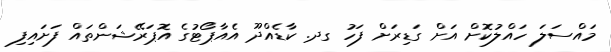
މައްސަލަ ހައްލުކޮށް އަށް ގަޑިިރަށް ފަހު ގދ. ކާޑެއްދޫ އެއާޕޯޓުގެ އޮޕަރޭޝަންތައް ފަށައިފި